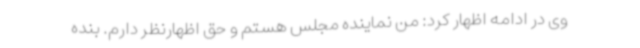
وی در ادامه اظهار کرد: من نماینده مجلس هستم و حق اظهارنظر دارم. بنده